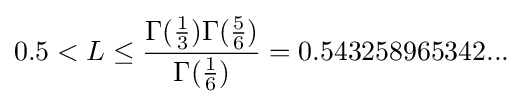
0.5<L\leq {\frac {\Gamma ({\frac {1}{3}})\Gamma ({\frac {5}{6}})}{\Gamma ({\frac {1}{6}})}}=0.543258965342...\,\!